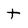
Character: t